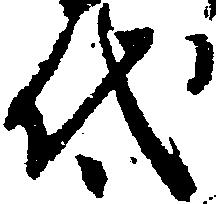
代